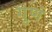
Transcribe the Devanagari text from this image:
गुणं